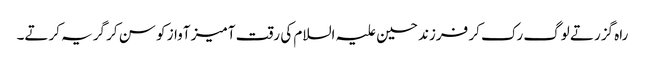
راہ گزرتے لوگ رک کر فرزند حسین علیہ السلام کی رقت آمیز آواز کو سن کر گریہ کرتے۔